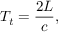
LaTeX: T _ { t } = { \frac { 2 L } { c } } ,